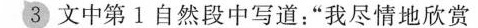
③文中第1自然段中写道：”我尽情地欣赏